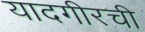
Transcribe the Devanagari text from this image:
यादगीरची